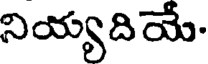
నియ్యదియే-